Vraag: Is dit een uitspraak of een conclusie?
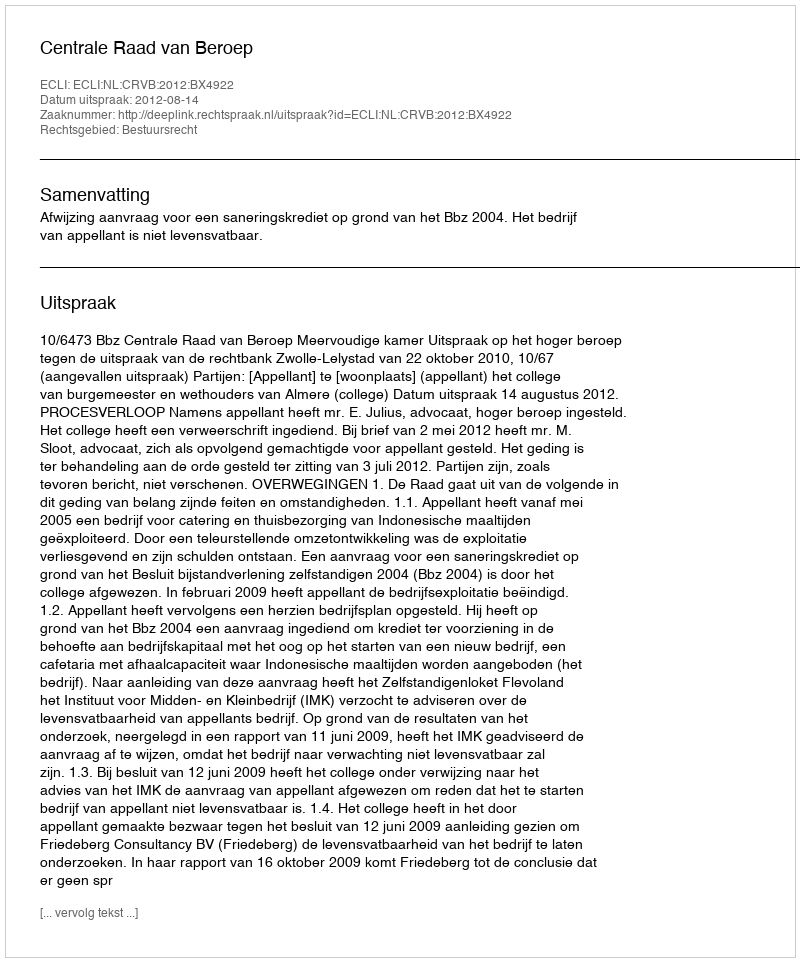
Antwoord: Uitspraak